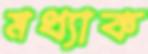
মধ্যাক